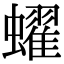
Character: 蠗